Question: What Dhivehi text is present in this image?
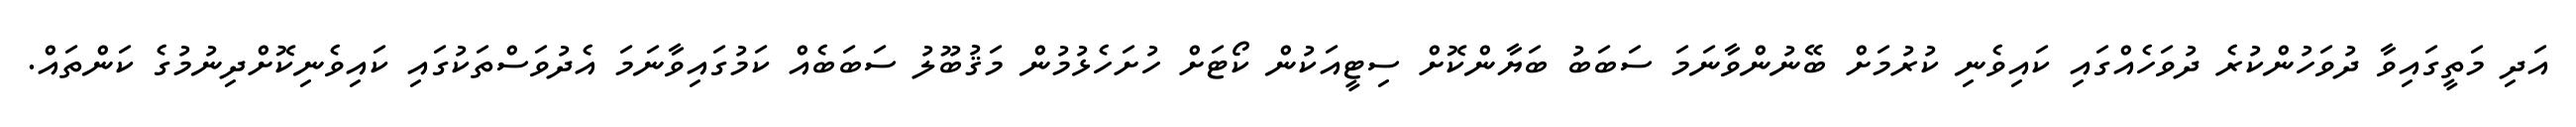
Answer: އަދި މަތީގައިވާ ދުވަހުންކުރެ ދުވަހެއްގައި ކައިވެނި ކުރުމަށް ބޭނުންވާނަމަ ސަބަބު ބަޔާންކޮށް ސިޓީއަކުން ކޯޓަށް ހުށަހެޅުމުން މަޤުބޫލު ސަބަބެއް ކަމުގައިވާނަމަ އެދުވަސްތަކުގައި ކައިވެނިކޮށްދިނުމުގެ ކަންތައް.